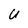
Character: U